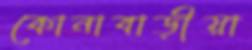
কোনাবাড়ীয়া